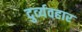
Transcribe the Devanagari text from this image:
दुर्व्‍यवहार